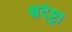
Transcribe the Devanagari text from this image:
श्वदंष्ट्रा